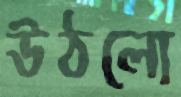
উঠলো